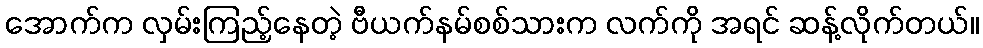
အောက်က လှမ်းကြည့်နေတဲ့ ဗီယက်နမ်စစ်သားက လက်ကို အရင် ဆန့်လိုက်တယ်။